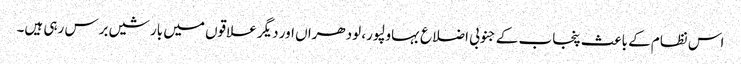
اس نظام کے باعث پنجاب کے جنوبی اضلاع بہاولپور، لودھراں اور دیگر علاقوں میں بارشیں برس رہی ہیں۔